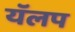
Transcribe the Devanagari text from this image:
यॅलप